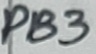
Text: PB3